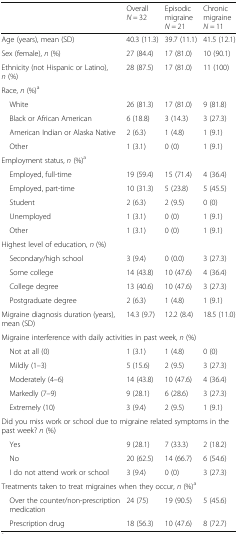
<table><thead><tr><td></td><td><b>Overall<i>N =</i> 32</b></td><td><b>Episodic migraine<i>N =</i> 21</b></td><td><b>Chronic migraine<i>N =</i> 11</b></td></tr></thead><tbody><tr><td>Age (years), mean (SD)</td><td>40.3 (11.3)</td><td>39.7 (11.1)</td><td>41.5 (12.1)</td></tr><tr><td>Sex (female), <i>n</i> (%)</td><td>27 (84.4)</td><td>17 (81.0)</td><td>10 (90.1)</td></tr><tr><td>Ethnicity (not Hispanic or Latino), <i>n</i> (%)</td><td>28 (87.5)</td><td>17 (81.0)</td><td>11 (100)</td></tr><tr><td colspan="4">Race, <i>n</i> (%)<sup>a</sup></td></tr><tr><td> White</td><td>26 (81.3)</td><td>17 (81.0)</td><td>9 (81.8)</td></tr><tr><td> Black or African American</td><td>6 (18.8)</td><td>3 (14.3)</td><td>3 (27.3)</td></tr><tr><td> American Indian or Alaska Native</td><td>2 (6.3)</td><td>1 (4.8)</td><td>1 (9.1)</td></tr><tr><td> Other</td><td>1 (3.1)</td><td>0 (0)</td><td>1 (9.1)</td></tr><tr><td colspan="4">Employment status, <i>n</i> (%)<sup>a</sup></td></tr><tr><td> Employed, full-time</td><td>19 (59.4)</td><td>15 (71.4)</td><td>4 (36.4)</td></tr><tr><td> Employed, part-time</td><td>10 (31.3)</td><td>5 (23.8)</td><td>5 (45.5)</td></tr><tr><td> Student</td><td>2 (6.3)</td><td>2 (9.5)</td><td>0 (0)</td></tr><tr><td> Unemployed</td><td>1 (3.1)</td><td>0 (0)</td><td>1 (9.1)</td></tr><tr><td> Other</td><td>1 (3.1)</td><td>0 (0)</td><td>1 (9.1)</td></tr><tr><td colspan="4">Highest level of education, <i>n</i> (%)</td></tr><tr><td> Secondary/high school</td><td>3 (9.4)</td><td>0 (0.0)</td><td>3 (27.3)</td></tr><tr><td> Some college</td><td>14 (43.8)</td><td>10 (47.6)</td><td>4 (36.4)</td></tr><tr><td> College degree</td><td>13 (40.6)</td><td>10 (47.6)</td><td>3 (27.3)</td></tr><tr><td> Postgraduate degree</td><td>2 (6.3)</td><td>1 (4.8)</td><td>1 (9.1)</td></tr><tr><td>Migraine diagnosis duration (years), mean (SD)</td><td>14.3 (9.7)</td><td>12.2 (8.4)</td><td>18.5 (11.0)</td></tr><tr><td colspan="4">Migraine interference with daily activities in past week, <i>n</i> (%)</td></tr><tr><td> Not at all (0)</td><td>1 (3.1)</td><td>1 (4.8)</td><td>0 (0)</td></tr><tr><td> Mildly (1–3)</td><td>5 (15.6)</td><td>2 (9.5)</td><td>3 (27.3)</td></tr><tr><td> Moderately (4–6)</td><td>14 (43.8)</td><td>10 (47.6)</td><td>4 (36.4)</td></tr><tr><td> Markedly (7–9)</td><td>9 (28.1)</td><td>6 (28.6)</td><td>3 (27.3)</td></tr><tr><td> Extremely (10)</td><td>3 (9.4)</td><td>2 (9.5)</td><td>1 (9.1)</td></tr><tr><td colspan="4">Did you miss work or school due to migraine related symptoms in the past week? <i>n</i> (%)</td></tr><tr><td> Yes</td><td>9 (28.1)</td><td>7 (33.3)</td><td>2 (18.2)</td></tr><tr><td> No</td><td>20 (62.5)</td><td>14 (66.7)</td><td>6 (54.6)</td></tr><tr><td> I do not attend work or school</td><td>3 (9.4)</td><td>0 (0)</td><td>3 (27.3)</td></tr><tr><td colspan="4">Treatments taken to treat migraines when they occur, <i>n</i> (%)<sup>a</sup></td></tr><tr><td> Over the counter/non-prescription medication</td><td>24 (75)</td><td>19 (90.5)</td><td>5 (45.6)</td></tr><tr><td> Prescription drug</td><td>18 (56.3)</td><td>10 (47.6)</td><td>8 (72.7)</td></tr></tbody></table>